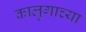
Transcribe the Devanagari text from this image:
कालुगाच्या